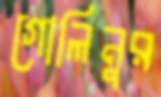
গোলিনুর